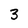
Character: 3